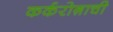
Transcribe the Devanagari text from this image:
कर्करोग़ाची